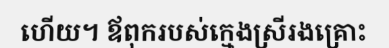
ហើយ។ ឪពុករបស់ក្មេងស្រីរងគ្រោះ